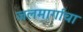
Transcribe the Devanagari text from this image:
जलमार्गाचा